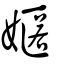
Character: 嫟